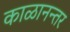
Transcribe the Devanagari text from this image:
काळानन्तर